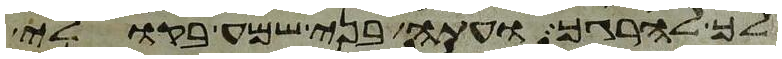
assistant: לך להרגך ועתה בני שמע בקולי